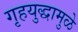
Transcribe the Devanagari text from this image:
गृहयुद्धामुळे